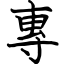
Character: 專